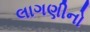
લાગણીનો